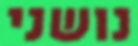
נושני